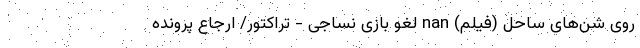
روی شن‌های ساحل (فیلم) nan لغو بازی نساجی - تراکتور/ ارجاع پرونده